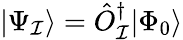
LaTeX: |\Psi_{\mathcal{I}}\rangle=\hat{{O}}_{\mathcal{I}}^{\dagger}|\Phi_{0}\rangle